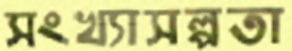
সংখ্যাসল্পতা